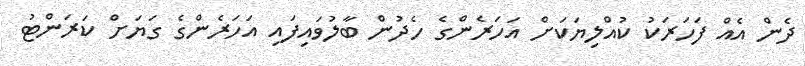
ދެން އެއް ފަހަރަކު ކުއްލިޔަކަށް އަހަރެންގެ ހެދުން ބާލުވައިފައި އަހަރެންގެ ގަޔަށް ކަރަންޓު